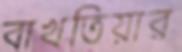
বাখতিয়ার